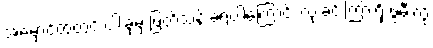
အမှောင်ထဲတွင် ငါးခုမှ ဖြတ်သန်းခဲ့ရပါကြောင်း လုံးခင်းကြားရှိ ဖွဲမီးလို